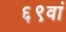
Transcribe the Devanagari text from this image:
६९वां